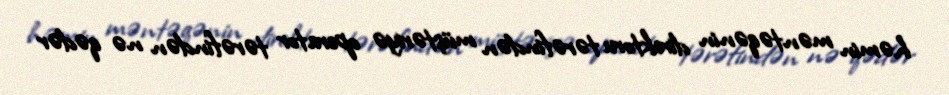
həmin məntəqənin direktoru tərəfindən müştəriyə operator tərəfindən nə qədər